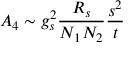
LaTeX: A _ { 4 } \sim g _ { s } ^ { 2 } \frac { R _ { s } } { N _ { 1 } N _ { 2 } } \frac { s ^ { 2 } } { t }